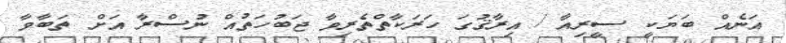
އަނެއް ބަޔަކީ ސީރިއާ / އިރާޤުގަ ހަރަކާތްތެރިވާ ޖަބުހަތުއް ނުސްރާ އަށް ތަބާވާ